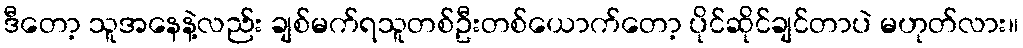
ဒီတော့ သူအနေနဲ့လည်း ချစ်မက်ရသူတစ်ဦးတစ်ယောက်တော့ ပိုင်ဆိုင်ချင်တာပဲ မဟုတ်လား။